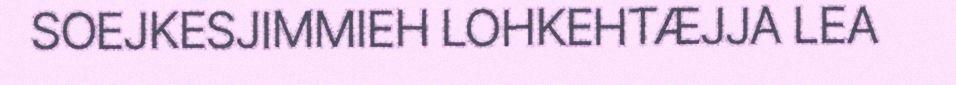
SOEJKESJIMMIEH LOHKEHTÆJJA LEA